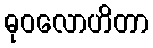
ဓုဝလောဟိတာ